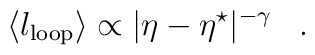
\langle l_{\rm loop} \rangle \propto|\eta-\eta^\star|^{-\gamma}\,\,\,\,\,.\,\,\,\,\,